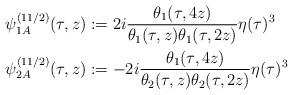
LaTeX: \begin{align*}\psi^{(11/2)}_{1A}(\tau,z)&:=2i\frac{\theta_1(\tau,4z)}{\theta_1(\tau,z)\theta_1(\tau,2z)}\eta(\tau)^3\\\psi^{(11/2)}_{2A}(\tau,z)&:=-2i\frac{\theta_1(\tau,4z)}{\theta_2(\tau,z)\theta_2(\tau,2z)}\eta(\tau)^3\end{align*}